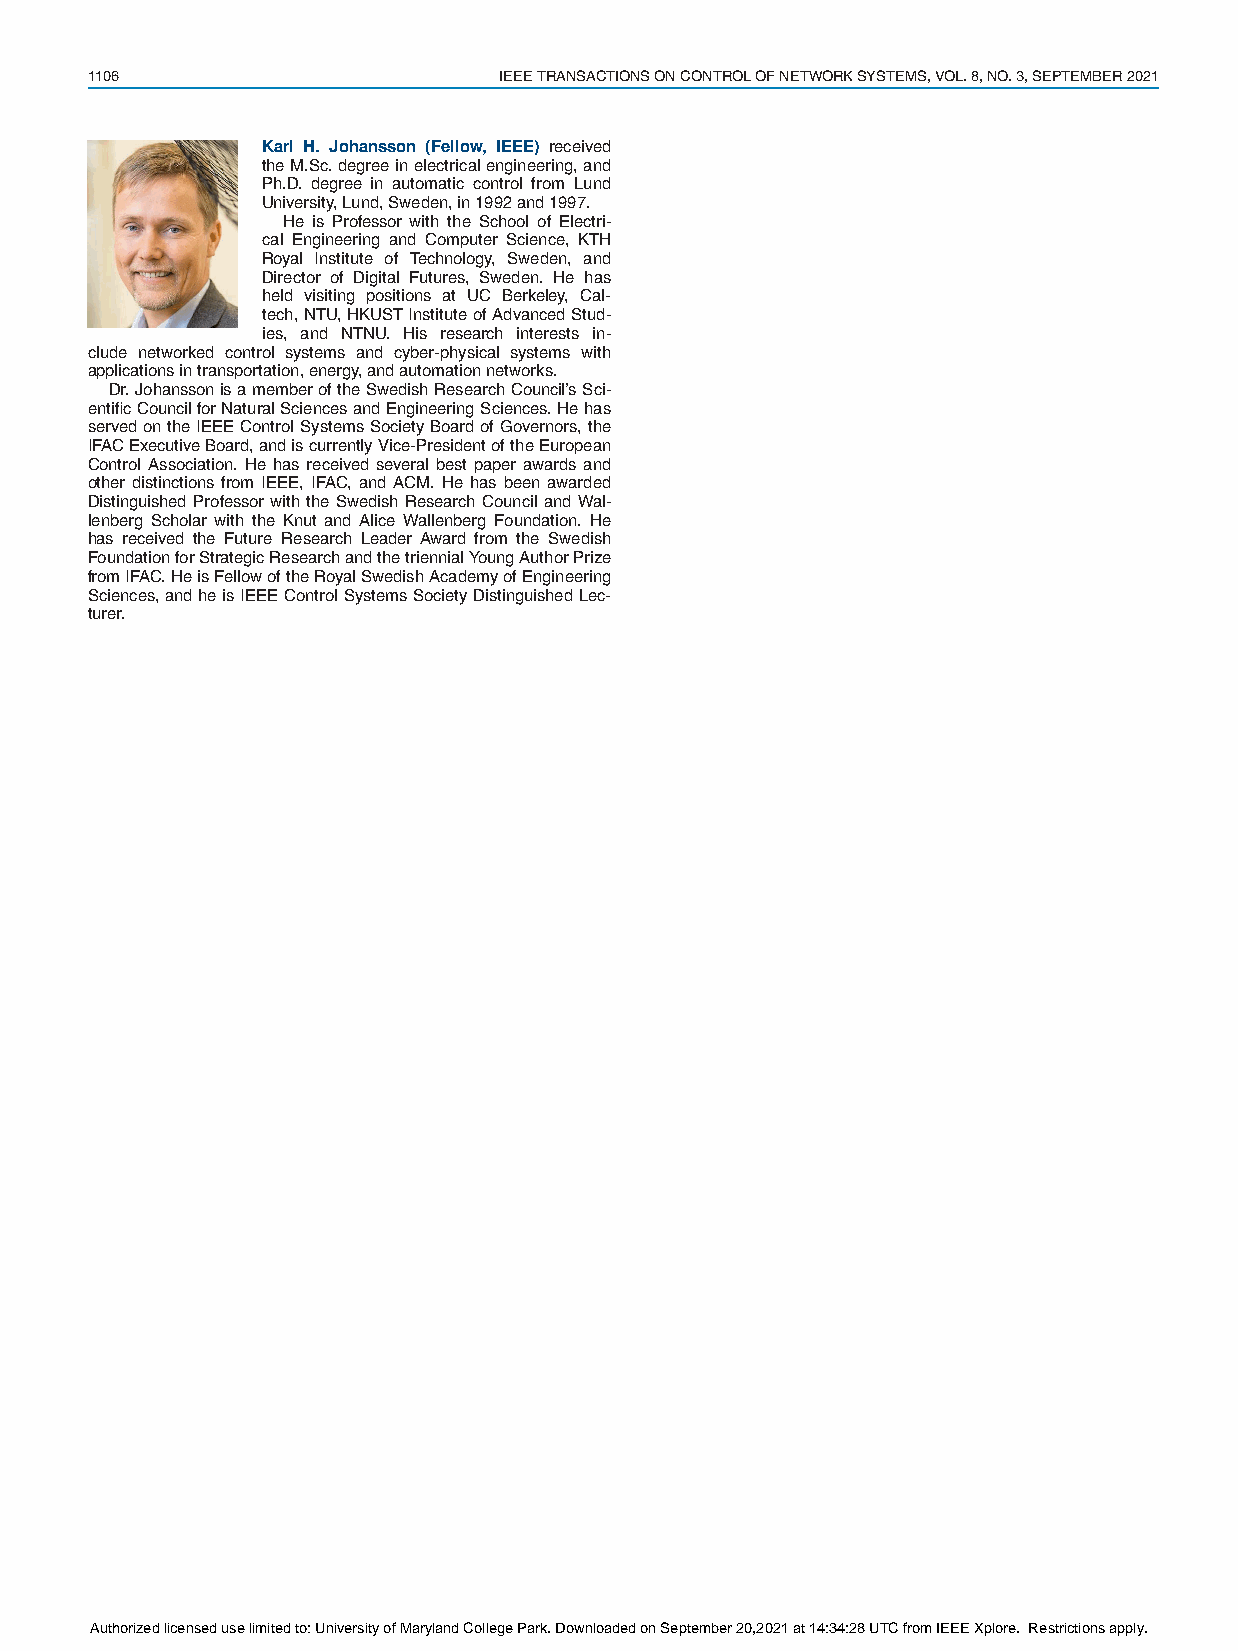
1106                       IEEETRANSACTIONSONCONTROLOFNETWORKSYSTEMS,VOL.8,NO.3,SEPTEMBER2021
 Karl H. Johansson (Fellow, IEEE) received
 theM.Sc.degreeinelectricalengineering,and
 Ph.D. degree in automatic control from Lund
 University,Lund,Sweden,in1992and1997.
 He is Professor with the School of Electri-
 cal Engineering and Computer Science, KTH
 Royal Institute of Technology, Sweden, and
 Director of Digital Futures, Sweden. He has
 held visiting positions at UC Berkeley, Cal-
 tech,NTU,HKUSTInstituteofAdvancedStud-
 ies, and NTNU. His research interests in-
 clude networked control systems and cyber-physical systems with
 applicationsintransportation,energy,andautomationnetworks.
 Dr.JohanssonisamemberoftheSwedishResearchCouncil’sSci-
 entificCouncilforNaturalSciencesandEngineeringSciences.Hehas
 servedontheIEEEControlSystemsSocietyBoardofGovernors,the
 IFACExecutiveBoard,andiscurrentlyVice-PresidentoftheEuropean
 Control Association. He has received several best paper awards and
 other distinctions from IEEE, IFAC, and ACM. He has been awarded
 Distinguished Professor with the Swedish Research Council and Wal-
 lenberg Scholar with the Knut and Alice Wallenberg Foundation. He
 has received the Future Research Leader Award from the Swedish
 FoundationforStrategicResearchandthetriennialYoungAuthorPrize
 fromIFAC.HeisFellowoftheRoyalSwedishAcademyofEngineering
 Sciences,andheisIEEEControlSystemsSocietyDistinguishedLec-
 turer.
 Authorized licensed use limited to: University of Maryland College Park. Downloaded on September 20,2021 at 14:34:28 UTC from IEEE Xplore. Restrictions apply.